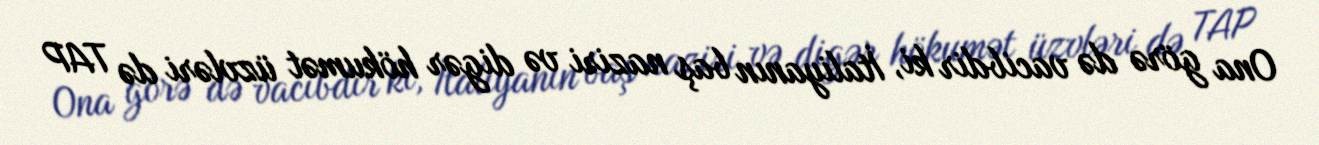
Ona görə də vacibdir ki, İtaliyanın baş naziri və digər hökumət üzvləri də TAP